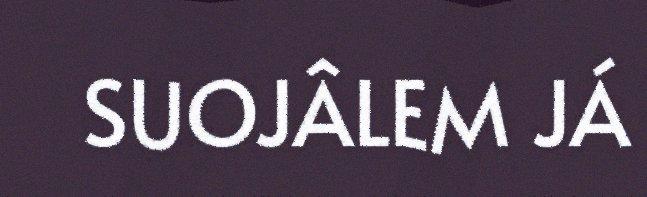
SUOJÂLEM JÁ